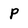
Character: P